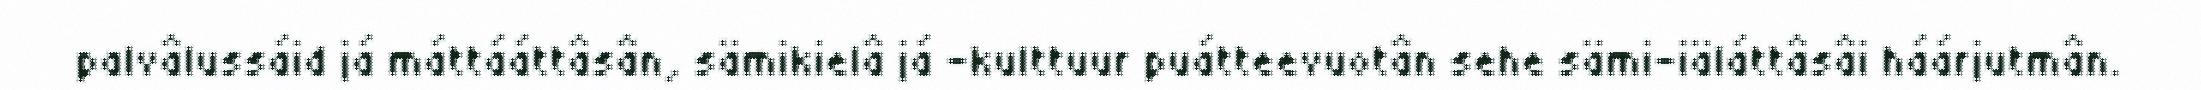
palvâlussáid já máttááttâsân, sämikielâ já -kulttuur puátteevuotân sehe sämi-iäláttâsâi háárjutmân.